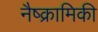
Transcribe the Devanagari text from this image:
नैष्क्रामिकी